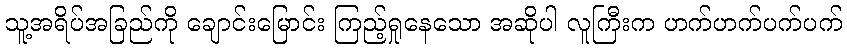
သူ့အရိပ်အခြည်ကို ချောင်းမြောင်း ကြည့်ရှုနေသော အဆိုပါ လူကြီးက ဟက်ဟက်ပက်ပက်